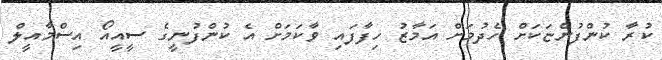
ކުރާ ކުންފުންޏަކަށް ހެދުމަށް އަމާޒު ހިފާފައި ވާކަމަށް އެ ކުންފުނީގެ ސީއީއޯ އިސްމާއީލް